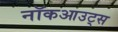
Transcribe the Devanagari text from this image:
नॉकआउट्स